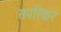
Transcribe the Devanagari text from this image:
सपरिकर